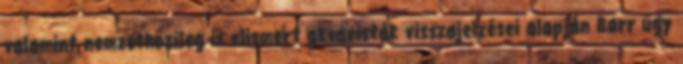
valamint nemzetközileg is elismert akvaristák visszajelzései alapján Barr úgy